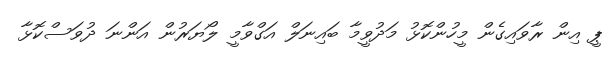
ޕީ އިން ރާވައިގެން މީހުންކޮޅު މަދުވީމާ ބައިނަލް އަގްވާމީ ލޯޔަރުން އަންނަ ދުވަސްކޮޅާ